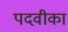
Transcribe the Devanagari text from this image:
पदवीका